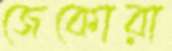
জেকোরা